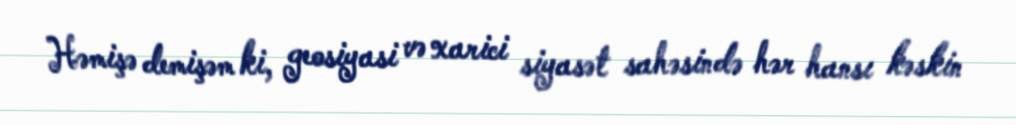
Həmişə demişəm ki, geosiyasi və xarici siyasət sahəsində hər hansı kəskin